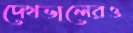
দেখভালেরও